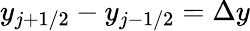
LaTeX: y_{j+1/2}-y_{j-1/2}=\Delta y